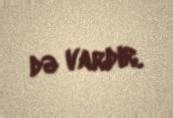
də vardır.